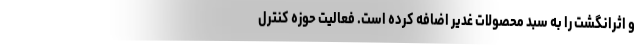
و اثرانگشت را به سبد محصولات غدیر اضافه کرده است. فعالیت حوزه کنترل